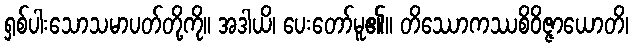
ရှစ်ပါးသောသမာပတ်တို့ကို။ အဒါယိ၊ ပေးတော်မူ၏။ တိဿောကဿစိဝိဇ္ဇာယောတိ၊